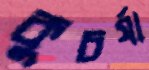
কুচর্যা